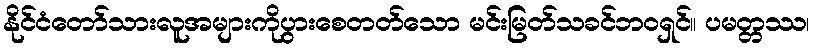
နိုင်ငံတော်သားလူအများကိုပွားစေတတ်သော မင်းမြတ်သခင်ဘဝရှင်။ ပမတ္တဿ၊